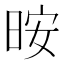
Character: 㫨